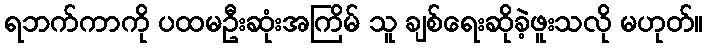
ရဘက်ကာကို ပထမဦးဆုံးအကြိမ် သူ ချစ်ရေးဆိုခဲ့ဖူးသလို မဟုတ်။